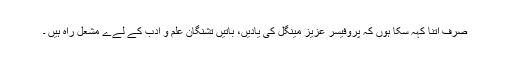
صرف اتنا کہہ سکا ہوں کہ پروفیسر عزیز مینگل کی یادیں، باتیں تشنگان علم و ادب کے لےے مشعل راہ ہیں ۔